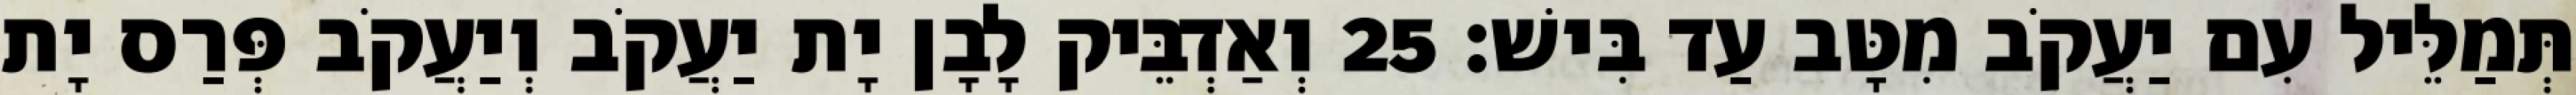
תְּמַלֵּיל עִם יַעֲקֹב מִטָּב עַד בִּישׁ׃ 25 וְאַדְבֵּיק לָבָן יָת יַעֲקֹב וְיַעֲקֹב פְּרַס יָת